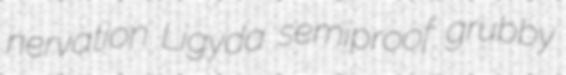
nervation Ligyda semiproof grubby